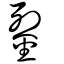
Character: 銐